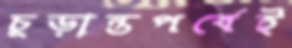
চূড়ান্তপর্বেই